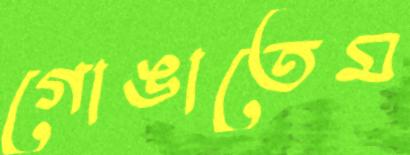
গোঙাতেম